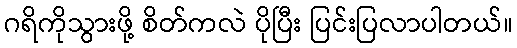
ဂရိကိုသွားဖို့ စိတ်ကလဲ ပိုပြီး ပြင်းပြလာပါတယ်။